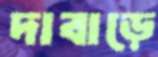
দাবাড়ে